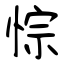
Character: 悰